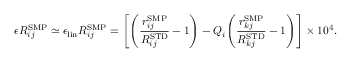
\epsilon R _ { i j } ^ { \mathrm { { S M P } } } \simeq \epsilon _ { \mathrm { l i n } } R _ { i j } ^ { \mathrm { S M P } } = { \left[ { \left( \frac { r _ { i j } ^ { \mathrm { S M P } } } { R _ { i j } ^ { \mathrm { { S T D } } } } - 1 \right) } - Q _ { i } { \left( \frac { r _ { k j } ^ { \mathrm { S M P } } } { R _ { k j } ^ { \mathrm { { S T D } } } } - 1 \right) } \right] } \times 1 0 ^ { 4 } .